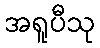
အရူပီသု